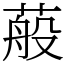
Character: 蒰